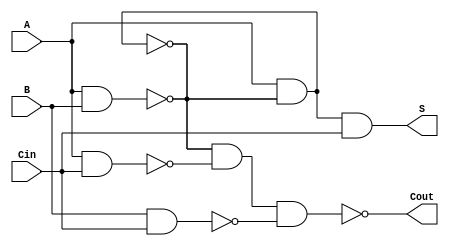
module NegativeCircuitFullAdder (
    input wire A,     // First input bit
    input wire B,     // Second input bit
    input wire Cin,   // Carry-in bit
    output wire S,    // Sum output
    output wire Cout   // Carry-out output
);

// Intermediate signals for the XOR and AND operations
wire AB_nand, A_nand_B, A_nand_Cin, B_nand_Cin;
wire A_xor_B, A_xor_B_nand_Cin;

// Implementing A XOR B using NAND gates
assign AB_nand = ~(A & B);
assign A_nand_B = ~(A & AB_nand);
assign A_xor_B = ~(AB_nand & A_nand_B);

// Implementing (A XOR B) XOR Cin
assign A_xor_B_nand_Cin = ~(A_xor_B & Cin);
assign S = ~(A_xor_B_nand_Cin & ~(A_xor_B & Cin));

// Implementing Cout = (A AND B) OR (B AND Cin) OR (A AND Cin)
// Using NAND gates to create AND logic
assign A_nand_B = ~(A & B);
assign A_nand_Cin = ~(A & Cin);
assign B_nand_Cin = ~(B & Cin);

// Final Cout using NAND gates to implement OR logic
assign Cout = ~(A_nand_B & A_nand_Cin & B_nand_Cin);

endmodule